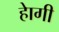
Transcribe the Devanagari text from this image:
हेागी